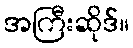
အကြီးဆိုဒ်။